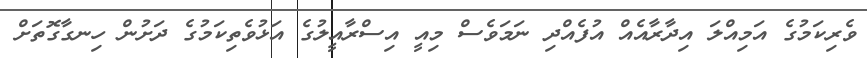
ވެރިކަމުގެ އަމިއްލަ އިދާރާއެއް އުފެއްދި ނަމަވެސް މިއީ އިސްރާއީލުގެ އަޅުވެތިކަމުގެ ދަށުން ހިނގާގޮތަށް